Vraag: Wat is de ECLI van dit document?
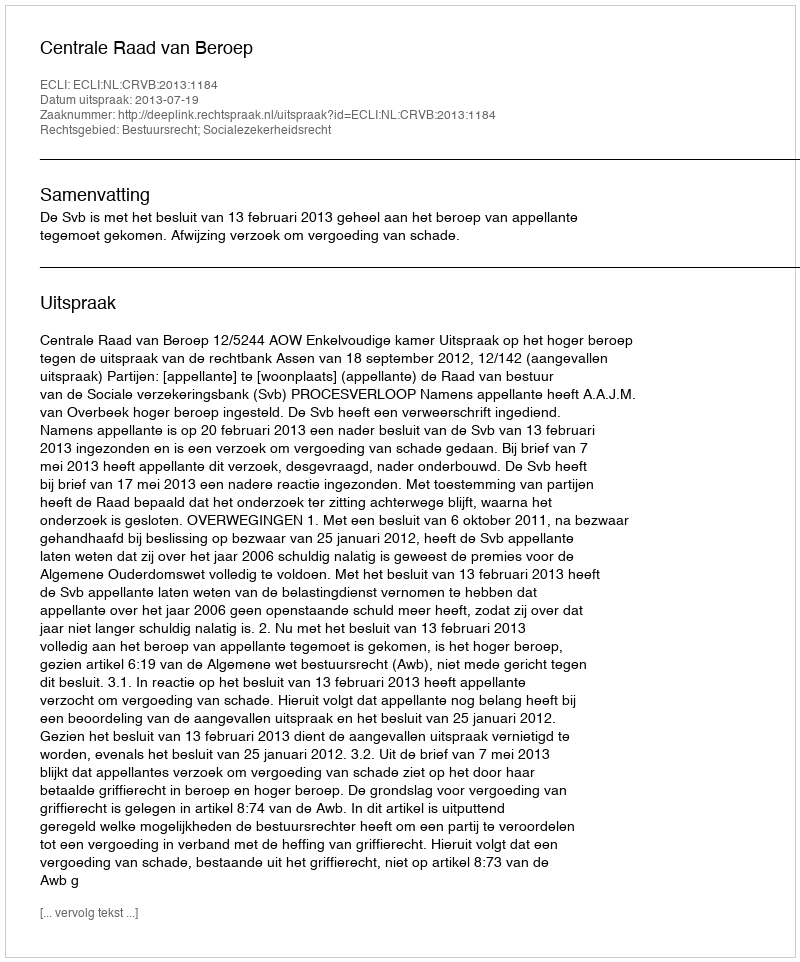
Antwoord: ECLI:NL:CRVB:2013:1184